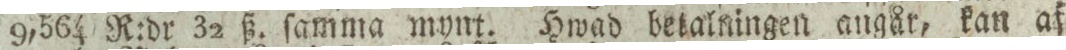
9,564 R:dr 32 ß. ſamma mynt. Hwad betalningen angår, kan af